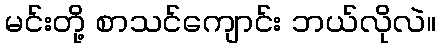
မင်းတို့ စာသင်ကျောင်း ဘယ်လိုလဲ။